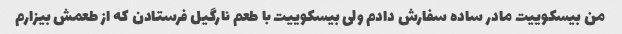
من بیسکوییت مادر ساده سفارش دادم ولی بیسکوییت با طعم نارگیل فرستادن که از طعمش بیزارم